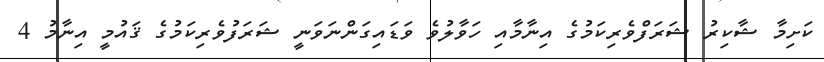
ކަށިމާ ޝާކިރު ޝަރަފްވެރިކަމުގެ އިނާމާއި ހަވާލުވެ ވަޑައިގަންނަވަނީ ޝަރަފުވެރިކަމުގެ ޤައުމީ އިނާމު 4